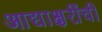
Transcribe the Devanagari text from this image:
आद्याक्षरींची